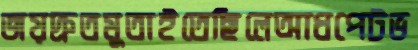
জয়দ্রুতমুতাইতেছিলেআধপেটভ